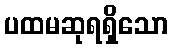
ပထမဆုရရှိသော